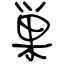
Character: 巣